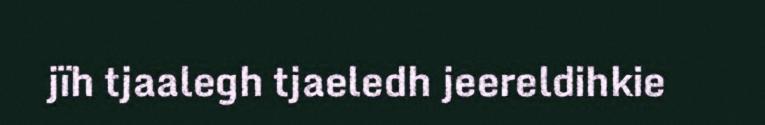
jïh tjaalegh tjaeledh jeereldihkie